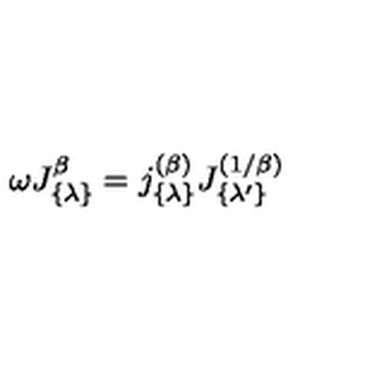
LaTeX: \omega J _ { \{ \lambda \} } ^ { \beta } = j _ { \{ \lambda \} } ^ { ( \beta ) } J _ { \{ \lambda ^ { \prime } \} } ^ { ( 1 / \beta ) }